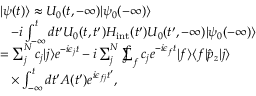
\begin{array} { r l } & { | \psi ( t ) \rangle \approx U _ { 0 } ( t , - \infty ) | \psi _ { 0 } ( - \infty ) \rangle } \\ & { \, \, \, \, \, - i \int _ { - \infty } ^ { t } d t ^ { \prime } U _ { 0 } ( t , t ^ { \prime } ) H _ { \mathrm { i n t } } ( t ^ { \prime } ) U _ { 0 } ( t ^ { \prime } , - \infty ) | \psi _ { 0 } ( - \infty ) \rangle } \\ & { = \sum _ { j } ^ { N } c _ { j } | j \rangle e ^ { - i \epsilon _ { j } t } - i \sum _ { j } ^ { N } \sumint _ { f } c _ { j } e ^ { - i \epsilon _ { f } t } | f \rangle \langle f | \hat { p } _ { z } | j \rangle } \\ & { \, \, \, \, \, \times \int _ { - \infty } ^ { t } d t ^ { \prime } A ( t ^ { \prime } ) e ^ { i \epsilon _ { f j } t ^ { \prime } } , } \end{array}